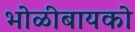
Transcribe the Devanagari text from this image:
भोळीबायको